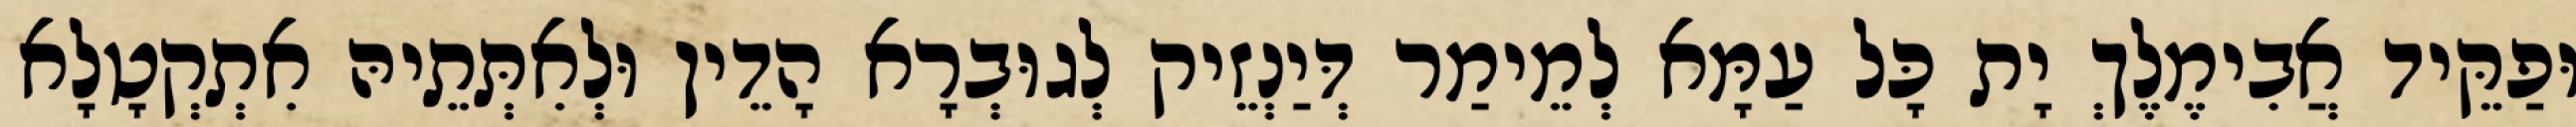
וּפַקֵּיד אֲבִימֶלֶךְ יָת כָּל עַמָּא לְמֵימַר דְּיַנְזֵיק לְגוּבְרָא הָדֵין וּלְאִתְּתֵיהּ אִתְקְטָלָא